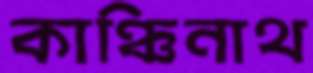
কাঞ্চিনাথ